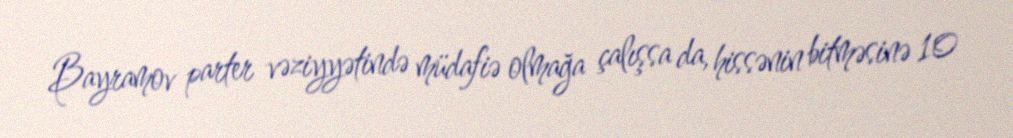
Bayramov parter vəziyyətində müdafiə olmağa çalışsa da, hissənin bitməsinə 10